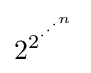
2^{2^{\cdot ^{\cdot ^{\cdot ^{n}}}}}